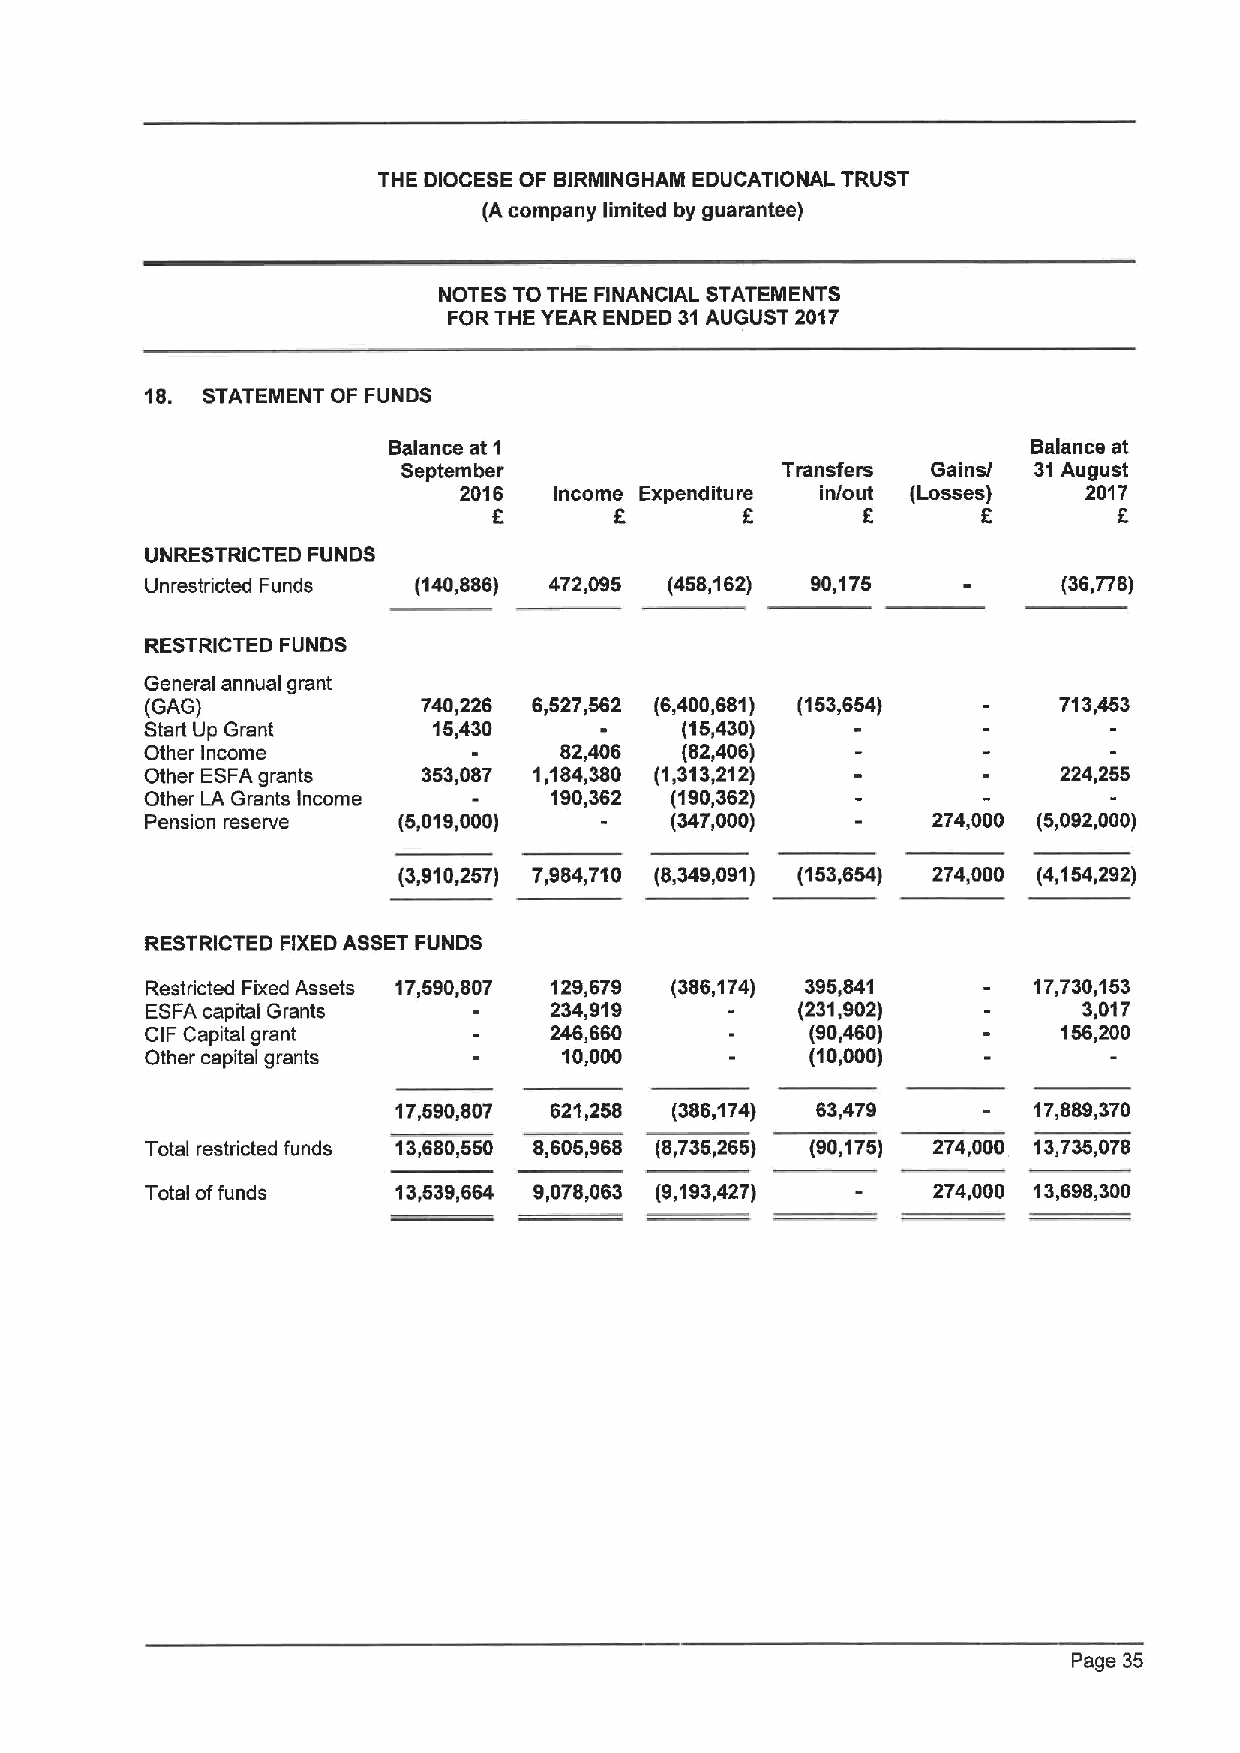
THE DIOCESE OF BIRMINGHAM EDUCATIONAL TRUST
 (Acompany limited by guarantee)
 NOTES TO THE FINANCIAL STATEMENTS
 FORTHE YEAR ENDED 31AUGUST 2017
 18. STATEMENT OF FUNDS
 Balance at 1                              Balance at
 September                Transfers Gains/ 31August
 2016   Income Expenditure in/out (Losses) 2017
 F               K       K        6
 UNRESTRICTED FUNDS
 Unrestricted Funds (140,886) 472,095 (458,162) 90,175       (36,778)
 RESTRICTED FUNDS
 General annual grant
 (GAG)             740,226 6,527,562 (6,400,681) (153,654)   713,453
 Start Up Grant     15,430          (15,430)
 Other Income               82,406  (82,406)
 Other ESFAgrants  353,087 1,184,380 (1,313,212)             224,255
 Other LA Grants Income    190,362 (190,362)
 Pension reserve (5,019,000)       (347,000)         274,000 (5,092,000)
 (3,910,257) 7,884,710 (8,349,091) (153,654) 274,000 (4,154,292)
 RESTRICTED FIXEDASSET FUNDS
 Restricted Fixed Assets 17,590,807 129,679 (386,174) 395,841 17,730,153
 ESFAcapital Grants        234,919          (231,902)          3,017
 CIF Capital grant         246,660           (90,460)        156,200
 Other capital grants       10,000           (10,000)
 17,590,807 621,258 (386,174) 63,479       17,889,370
 Total restricted funds 13,680,550 8,605,968 (8,735,265) (90,175) 274,000 13,735,078
 Total offunds   13,539,684 9,078,063 (9,193,427)    274,000 13,698,300
 Page 35